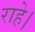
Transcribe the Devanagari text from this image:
राहे।